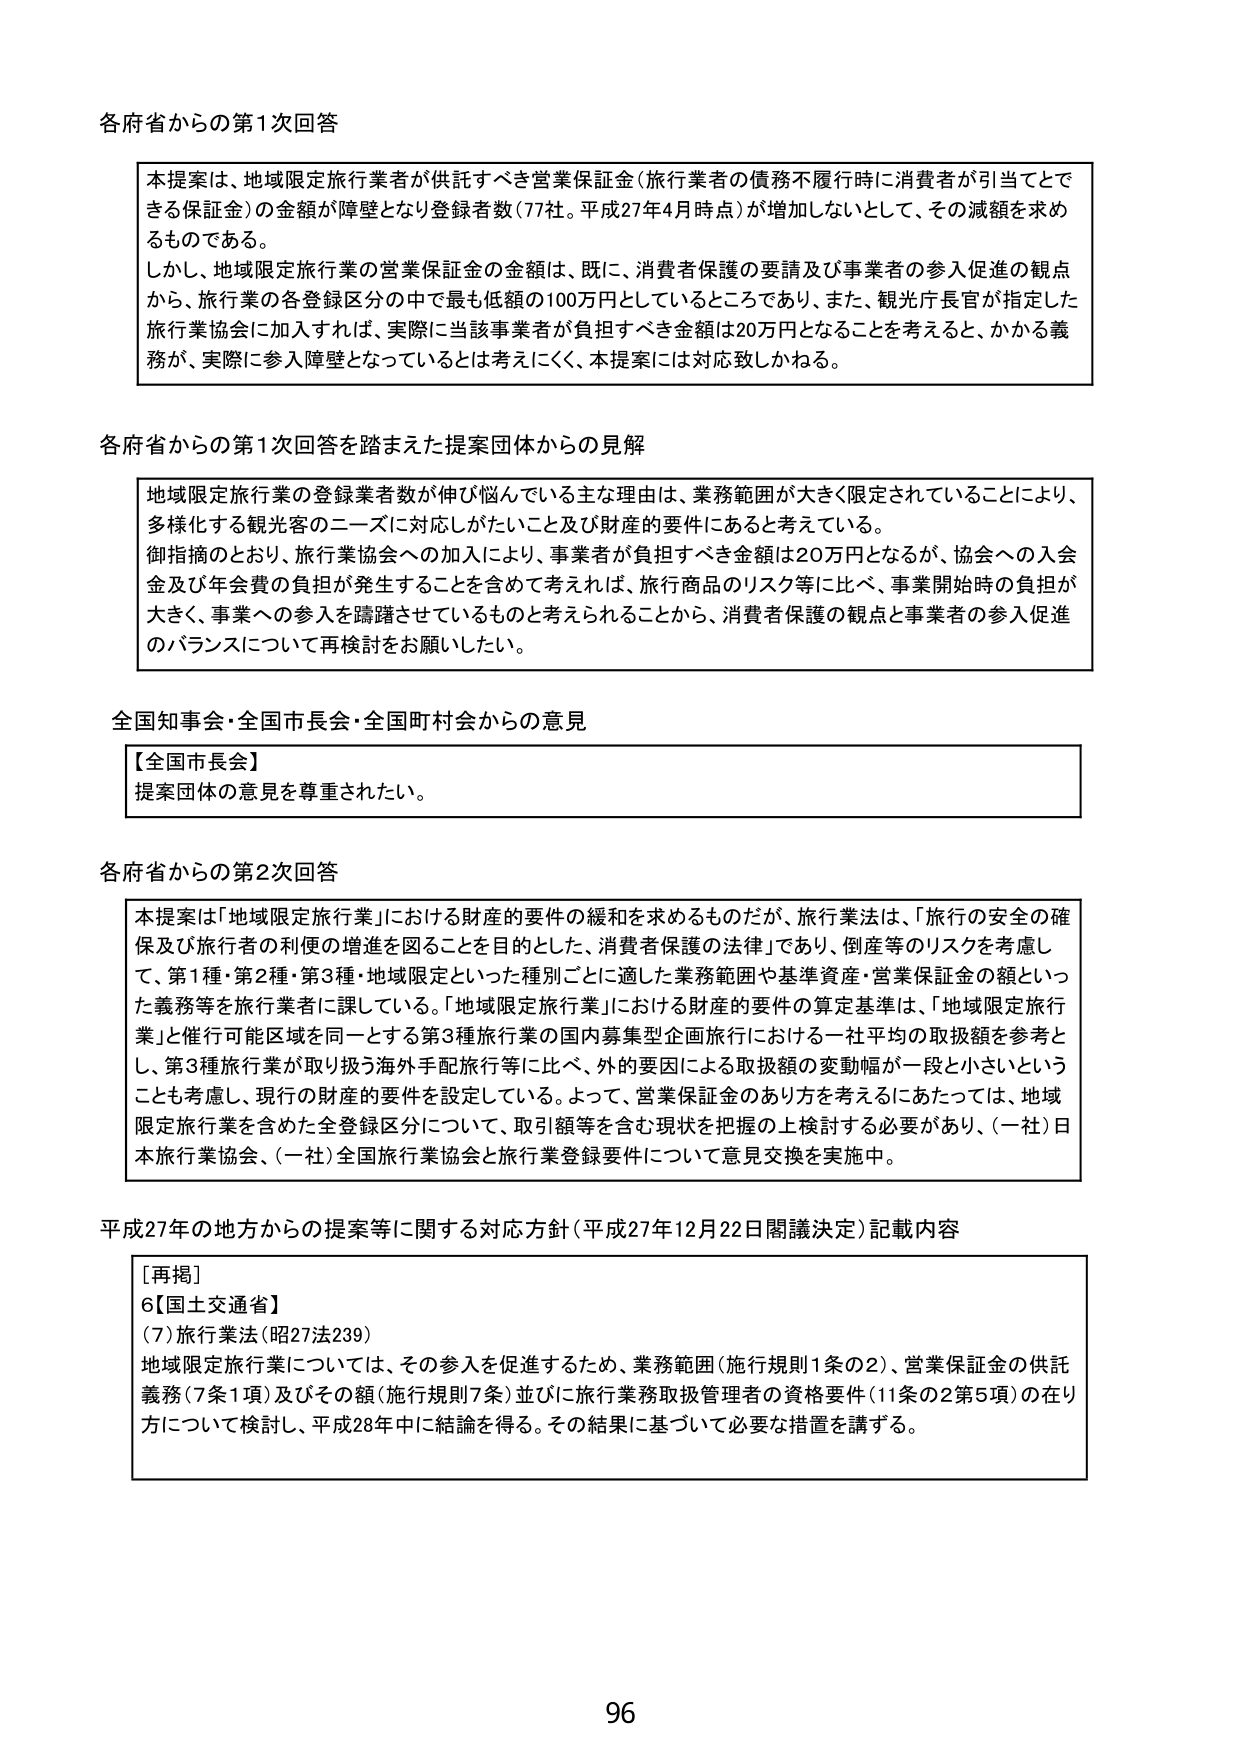
各府省からの第1次回答

本提案は、地域限定旅行業者が供託すべき営業保証金（旅行業者の債務不履行時に消費者が引当てできる保証金）の金額が障壁となり登録者数（77社。平成27年4月時点）が増加しないとして、その減額を求め るものである。
しかし、地域限定旅行業の営業保証金の金額は、既に、消費者保護の要請及び事業者の参入促進の観点 から、旅行業の各登録区分の中で最も低額の100万円としているところであり、また、観光庁長官が指定した 旅行業協会に加入すれば、実際に当該事業者が負担すべき金額は20万円となることを考えると、かかる義 務が、実際に参入障壁となっているとは考えにくく、本提案には対応致しかねる。

各府省からの第1次回答を踏まえた提案団体からの見解

地域限定旅行業の登録業者数が伸び悩んでいる主な理由は、業務範囲が大きく限定されていることにより、 多様化する観光客のニーズに対応しがたいこと及び財産的要件にあると考えている。
御指摘のとおり、旅行業協会への加入により、事業者が負担すべき金額は20万円となるが、協会への入会 金及び年会費の負担が発生することを含めて考えれば、旅行商品のリスク等に比べ、事業開始時の負担が 大きく、事業への参入を躊躇させているものと考えられることから、消費者保護の観点と事業者の参入促進 のバランスについて再検討をお願いしたい。

全国知事会・全国市長会・全国町村会からの意見

【全国市長会】
提案団体の意見を尊重されたい。

各府省からの第2次回答

本提案は「地域限定旅行業」における財産的要件の緩和を求めるものだが、旅行業法は、「旅行の安全の確 保及び旅行者の利便の増進を図ることを目的とした、消費者保護の法律」であり、倒産等のリスクを考慮し て、第1種・第2種・第3種・地域限定といった種別ごとに適した業務範囲や基準資産・営業保証金の額といっ た義務等を旅行業者に課している。「地域限定旅行業」における財産的要件の算定基準は、「地域限定旅行 業」と催行可能区域を同一とする第3種旅行業の国内募集型企画旅行における一社平均の取扱額を参考と し、第3種旅行業が取り扱う海外手配旅行等に比べ、外的要因による取扱額の変動幅が一段と小さいという ことも考慮し、現行の財産的要件を設定している。よって、営業保証金のあり方を考えるにあたっては、地域 限定旅行業を含めた全登録区分について、取引額等を含む現状を把握の上検討する必要があり、（一社）日 本旅行業協会、（一社）全国旅行業協会と旅行業登録要件について意見交換を実施中。

平成27年の地方からの提案等に関する対応方針（平成27年12月22日閣議決定）記載内容

［再掲］
6【国土交通省】
（7）旅行業法（昭27法239）
地域限定旅行業については、その参入を促進するため、業務範囲（施行規則1条の2）、営業保証金の供託 義務（7条1項）及びその額（施行規則7条）並びに旅行業務取扱管理者の資格要件（11条の2第5項）の在り 方について検討し、平成28年中に結論を得る。その結果に基づいて必要な措置を講ずる。

96